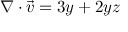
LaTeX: \nabla \cdot { \vec { v } } = 3 y + 2 y z